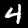
Digit: 4